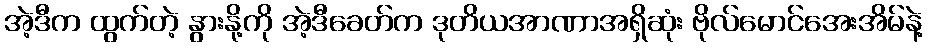
အဲ့ဒီက ထွက်တဲ့ နွားနို့ကို အဲ့ဒီခေတ်က ဒုတိယအာဏာအရှိဆုံး ဗိုလ်မောင်အေးအိမ်နဲ့